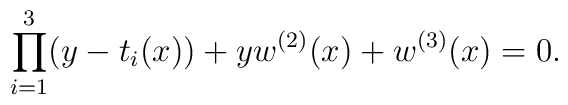
\prod_{i=1}^3(y-t_i(x))+yw^{(2)}(x)+w^{(3)}(x) = 0.